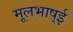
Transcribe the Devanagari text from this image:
मूलभाष्ई